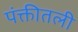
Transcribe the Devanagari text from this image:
पंक्तीतली